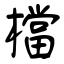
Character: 檔